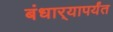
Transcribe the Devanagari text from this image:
बंधार्‍यापर्यंत